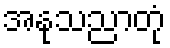
အနုသညာတုံ